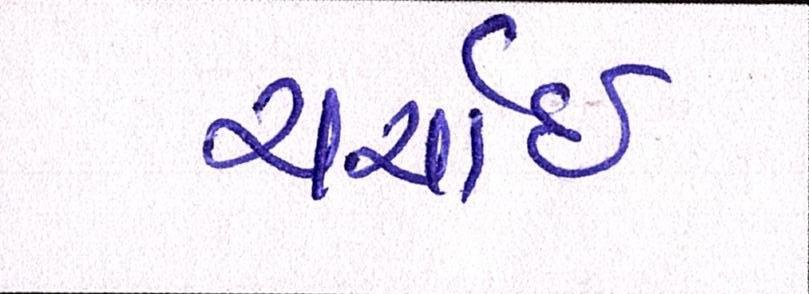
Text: ચર્ચાઇ